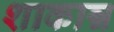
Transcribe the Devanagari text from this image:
शाकान्न